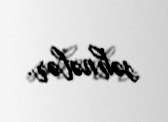
səhnələr.